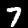
Digit: 7